Vaccination report Assam 1896-1927 - 1896-1927
Year: 1896
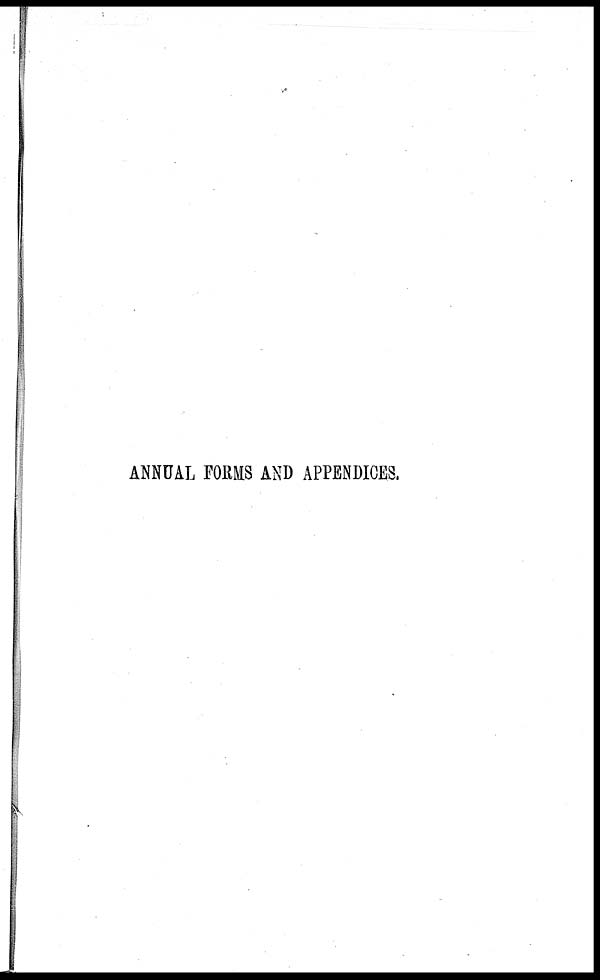
ANNUAL FORMS AND APPENDICES.